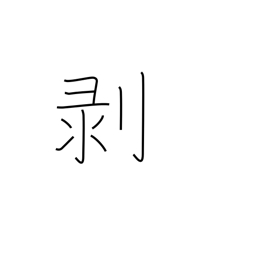
Meaning: come off